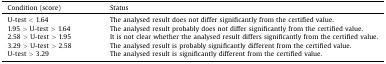
| Condition (score) | Status |
 | --- | --- |
 | U-test < 1.64 | The analysed result does not differ significantly from the certified value. |
 | 1.95 > U-test > 1.64 | The analysed result probably does not differ significantly from the certified value. |
 | 2.58 > U-test > 1.95 | It is not clear whether the analysed result differs significantly from the certified value. |
 | 3.29 > U-test > 2.58 | The analysed result is probably significantly different from the certified value. |
 | U-test > 3.29 | The analysed result is significantly different from the certified value. |